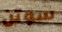
سوتن